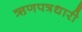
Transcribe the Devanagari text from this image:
ऋणपत्रधारी